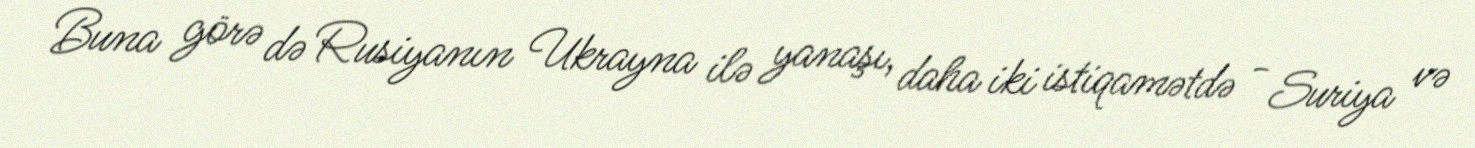
Buna görə də Rusiyanın Ukrayna ilə yanaşı, daha iki istiqamətdə - Suriya və